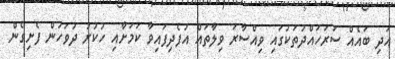
އަދި ބައެއް ސަރަހައްދުތަކުގައި ވިއްސާރަ ވިލާތައް އުފެދިފައިވާ ކަމަށާއި ހުކުރު ދުވަހުން ފެށިގެން